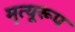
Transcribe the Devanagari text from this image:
मृत्यूरूप